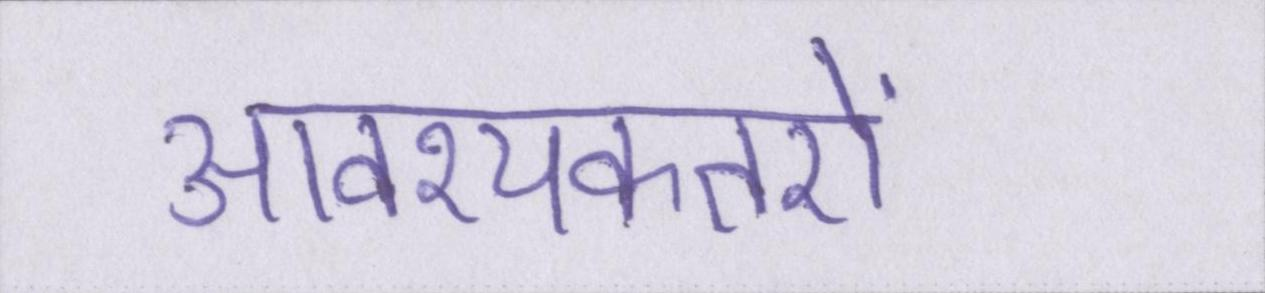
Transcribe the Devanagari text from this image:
आवश्यकतऐं